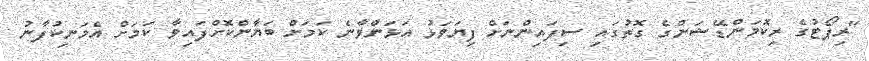
"ރިޕޯޓުގެ ރިކޮމަންޑޭޝަންގެ ގޮތުގައި ސިފައިންނަށް ފިޔަވަޅު އަޅަންވާނެ ކަމަށް ބަޔާންކޮށްފައިވާ ކަމަށް އެމަނިކުފާނު